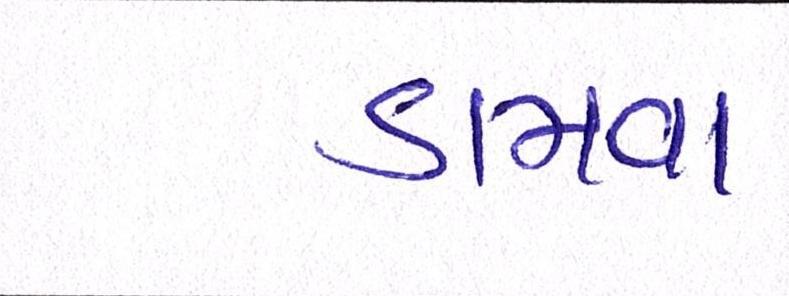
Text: ડામવા